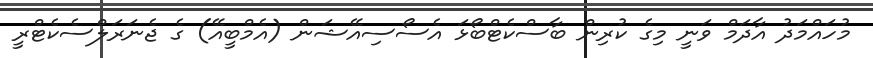
މުހައްމަދު އާދަމް ވަނީ މިގެ ކުރިން ބާސްކެޓްބޯޅަ އެސޯސިއޭޝަން (އެމްބީއޭ) ގެ ޖެނަރަލްސެކެޓްރީ